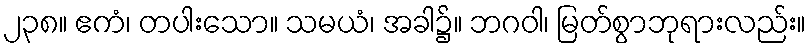
၂၃၈။ ဧကံ၊ တပါးသော။ သမယံ၊ အခါ၌။ ဘဂဝါ၊ မြတ်စွာဘုရားလည်း။